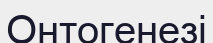
Онтогенезі